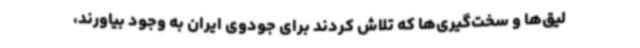
لیق‌ها و سخت‌گیری‌ها که تلاش کردند برای جودوی ایران به وجود بیاورند،